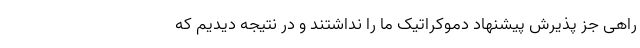
راهی جز پذیرش پیشنهاد دموکراتیک ما را نداشتند و در نتیجه دیدیم که